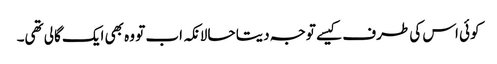
کوئی اس کی طرف کیسے توجہ دیتا حالانکہ اب تو وہ بھی ایک گالی تھی۔